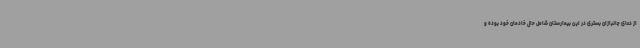
از دعای جانبازان بستری در این بیمارستان شامل حال خادمان خود بوده و